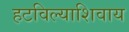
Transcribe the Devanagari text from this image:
हटविल्याशिवाय